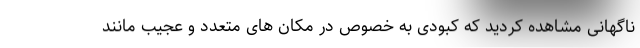
ناگهانی مشاهده کردید که کبودی به خصوص در مکان های متعدد و عجیب مانند